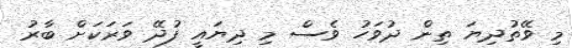
މި ވޭތުދިޔަ ތިން ދުވަހު ވެސް މި ދިޔައީ ފުދޭ ވަރަކަށް ބާރު